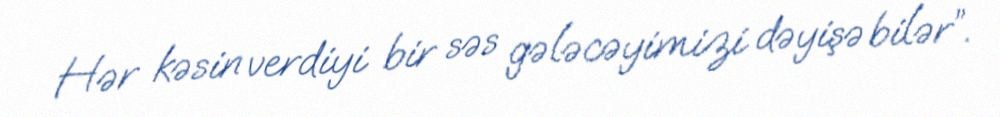
Hər kəsin verdiyi bir səs gələcəyimizi dəyişə bilər”.